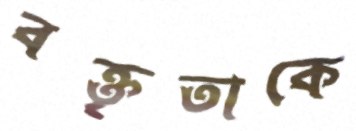
বক্তৃতাকে